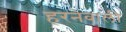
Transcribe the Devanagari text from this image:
हरनेवाली